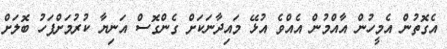
އެގޮތުން އެމީހުން އާއްމުން އެއްވެ އުޅޭ މައިދާނަކަށް ގެންގޮސް އަނިޔާ ކުރުމަށްފަހު ބޮލަށް